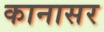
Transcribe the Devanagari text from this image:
कानासर